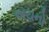
અયનો